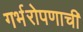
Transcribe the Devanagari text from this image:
गर्भरोपणाची